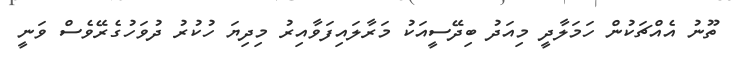
ތޫނު އެއްޗަކުން ހަމަލާދީ މިއަދު ބިދޭސީއަކު މަރާލައިފަވާއިރު މިދިޔަ ހުކުރު ދުވަހުގެރޭވެސް ވަނީ